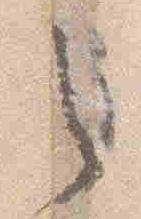
之